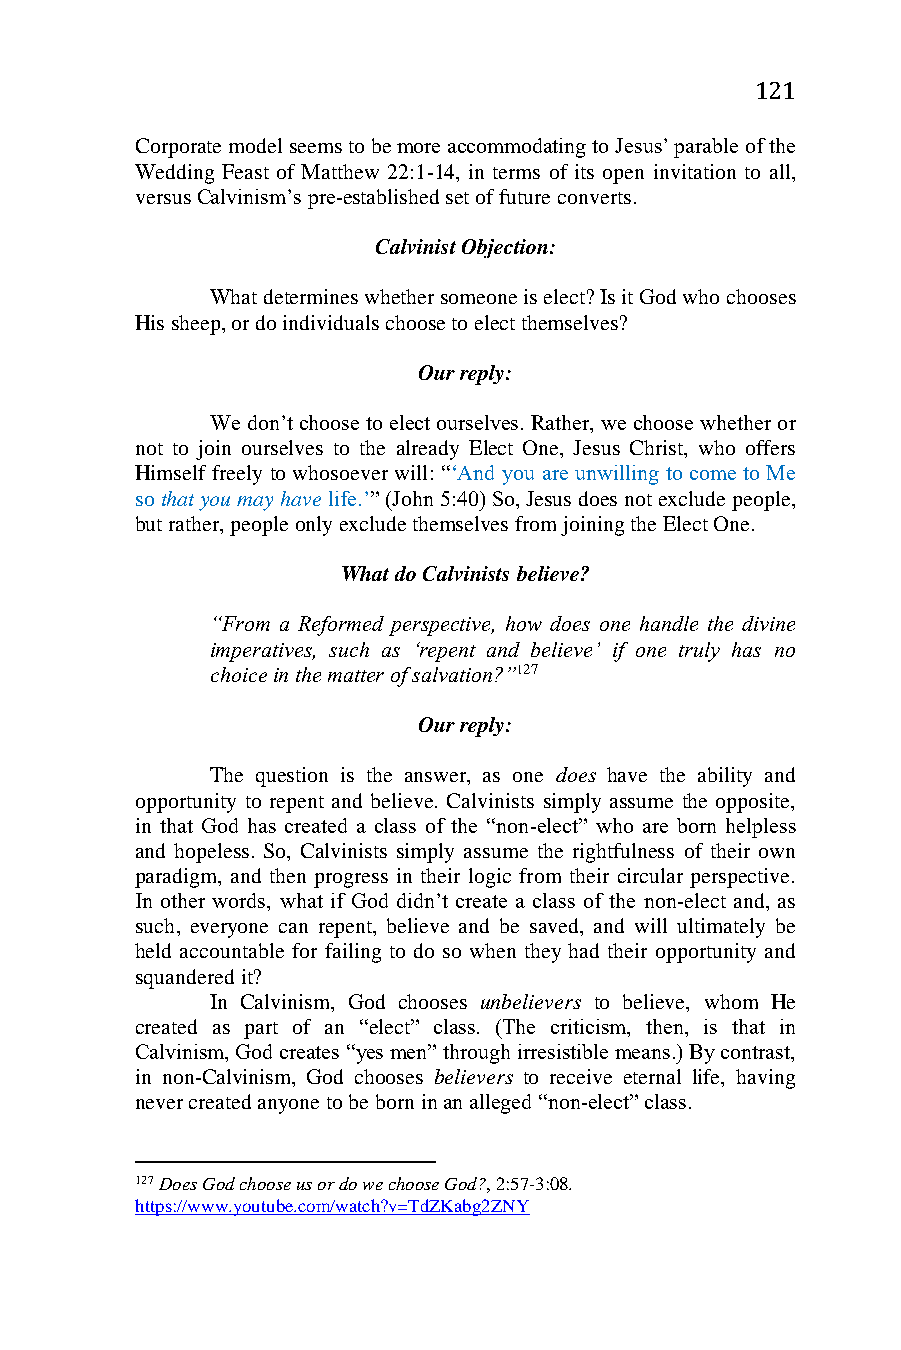
121
 Corporate model seems to be more accommodating to Jesus’ parable of the
 Wedding Feast of Matthew 22:1-14, in terms of its open invitation to all,
 versus Calvinism’s pre-established set of future converts.
 Calvinist Objection:
 What determines whether someone is elect? Is it God who chooses
 His sheep, or do individuals choose to elect themselves?
 Our reply:
 We don’t choose to elect ourselves. Rather, we choose whether or
 not to join ourselves to the already Elect One, Jesus Christ, who offers
 Himself freely to whosoever will: “‘And you are unwilling to come to Me
 so that you may have life.’” (John 5:40) So, Jesus does not exclude people,
 but rather, people only exclude themselves from joining the Elect One.
 What do Calvinists believe?
 “From a Reformed perspective, how does one handle the divine
 imperatives, such as ‘repent and believe’ if one truly has no
 choice in the matter of salvation?”127
 Our reply:
 The question is the answer, as one does have the ability and
 opportunity to repent and believe. Calvinists simply assume the opposite,
 in that God has created a class of the “non-elect” who are born helpless
 and hopeless. So, Calvinists simply assume the rightfulness of their own
 paradigm, and then progress in their logic from their circular perspective.
 In other words, what if God didn’t create a class of the non-elect and, as
 such, everyone can repent, believe and be saved, and will ultimately be
 held accountable for failing to do so when they had their opportunity and
 squandered it?
 In Calvinism, God chooses unbelievers to believe, whom He
 created as part of an “elect” class. (The criticism, then, is that in
 Calvinism, God creates “yes men” through irresistible means.) By contrast,
 in non-Calvinism, God chooses believers to receive eternal life, having
 never created anyone to be born in an alleged “non-elect” class.
 127 Does God choose us or do we choose God?, 2:57-3:08.
 https://www.youtube.com/watch?v=TdZKabg2ZNY